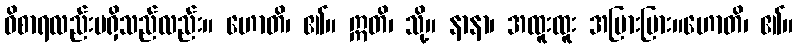
ဝိစာရလည်းမရှိသည်လည်း။ ဟောတိ၊ ၏။ ဣတိ၊ သို့။ နာနာ၊ အထူးထူး အပြားပြား။ဟောတိ၊ ၏။